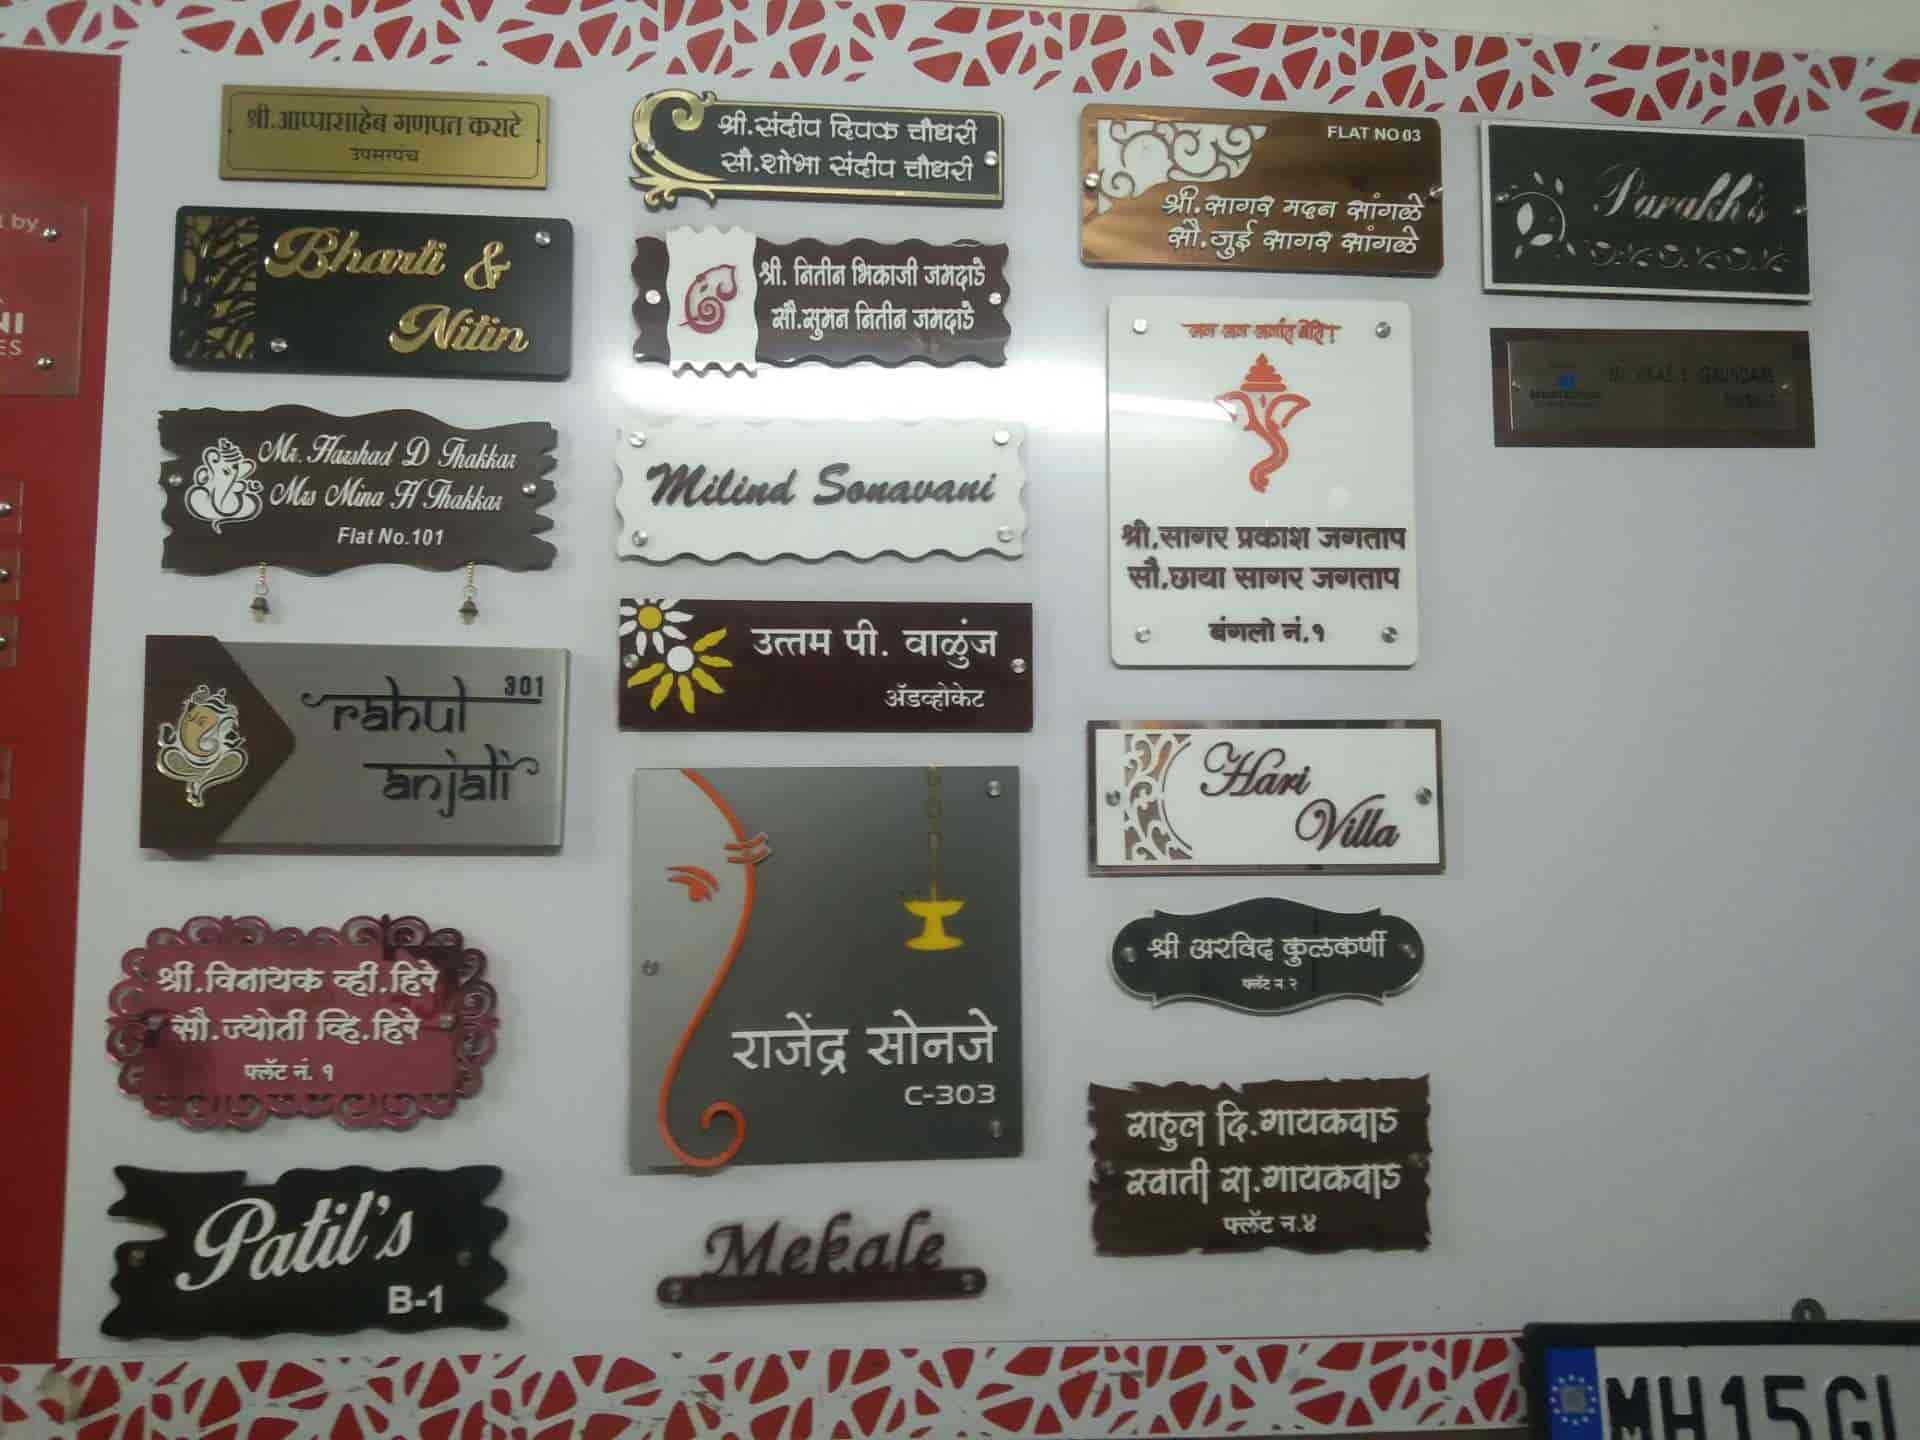
Language: marathi
Transcription: अप्पासाहेब गणपत कराटे दिपक चौधरी शोभा संदीप चौधरी मदन सागर सांगळे जमदाडे जमदाडे सागर प्रकाश छाया सागर जगताप बंगलो उत्तम वाळुंज अँडव्होकेट अरविद कुलकर्णी श्री. व्ही. व्हि.हिरे सोनजे राजेंद्र राहुल स्वाती रा.गायकवाड श्री. सौ. श्री. श्री. श्री. सौ. सौ. फ्लॅट दि. हिरे उपसरपंच श्री गायकवाड फ्लॅट पी. भिकाजी फ्लॅट विनायक श्री. सागर जुई सुमन सांगळे संदीप नितीन सौ. सौ.ज्योती जगताप नितीन